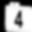
Digit: 4